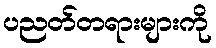
ပညတ်တရားများကို